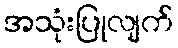
အသုံးပြုလျက်